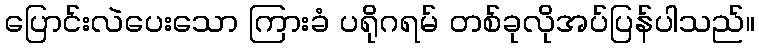
ပြောင်းလဲပေးသော ကြားခံ ပရိုဂရမ် တစ်ခုလိုအပ်ပြန်ပါသည်။